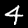
Label: 4